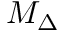
M _ { \Delta }